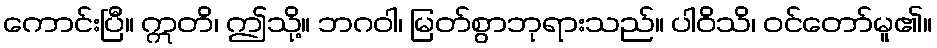
ကောင်းပြီ။ ဣတိ၊ ဤသို့။ ဘဂဝါ၊ မြတ်စွာဘုရားသည်။ ပါဝိသိ၊ ဝင်တော်မူ၏။